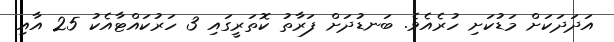
އަދަދަކަށް މަޑުކަށި ހުރެއެވެ. ބަނޑުދަށް ފަރާތު ކޮތަރީގައި 3 ހަރުކައްޓާއެކު 25 އާއި